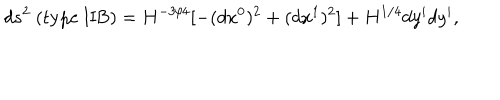
LaTeX: d s ^ { 2 } ~ ( \mathrm { t y p e ~ I I B } ) = H ^ { - 3 / 4 } [ - ( d x ^ { 0 } ) ^ { 2 } + ( d x ^ { 1 } ) ^ { 2 } ] + H ^ { 1 / 4 } d y ^ { i } d y ^ { i } ,